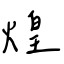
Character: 煌